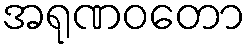
အရုဏဝတော